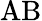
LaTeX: \mathrm{AB}